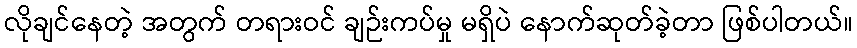
လိုချင်နေတဲ့ အတွက် တရားဝင် ချဉ်းကပ်မှု မရှိပဲ နောက်ဆုတ်ခဲ့တာ ဖြစ်ပါတယ်။